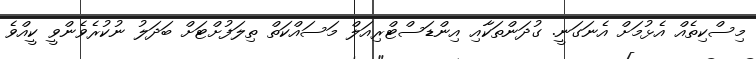
މިސްކިތެއް އެޅުމަށް އެނަގަނީ. ގުދަންތަކާއި އިންޑަސްޓްރިއަލް މަސައްކަތް ތިލަފުށްޓަށް ބަދަލު ނުކުރެވެންވީ ކީއްވެ